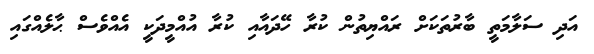
އަދި ސަލާމަތީ ބާރުތަކަށް ރައްޔިތުން ކުރާ ހޭދައާއި ކުރާ އުއްމީދަކީ އެއްވެސް ޙާލެއްގައި